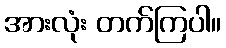
အားလုံး တက်ကြပါ။